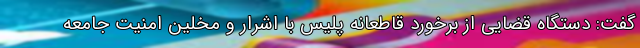
گفت: دستگاه قضایی از برخورد قاطعانه پلیس با اشرار و مخلین امنیت جامعه